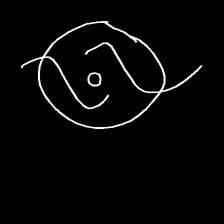
Glyph: repetition